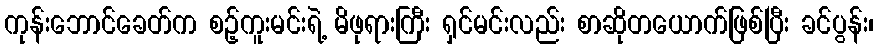
ကုန်းဘောင်ခေတ်က စဉ့်ကူးမင်းရဲ့ မိဖုရားကြီး ရှင်မင်းလည်း စာဆိုတယောက်ဖြစ်ပြီး ခင်ပွန်း၊